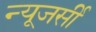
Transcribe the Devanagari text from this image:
न्‍यूजर्सी